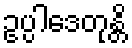
ဥပ္ပါဒေတုန္တိ